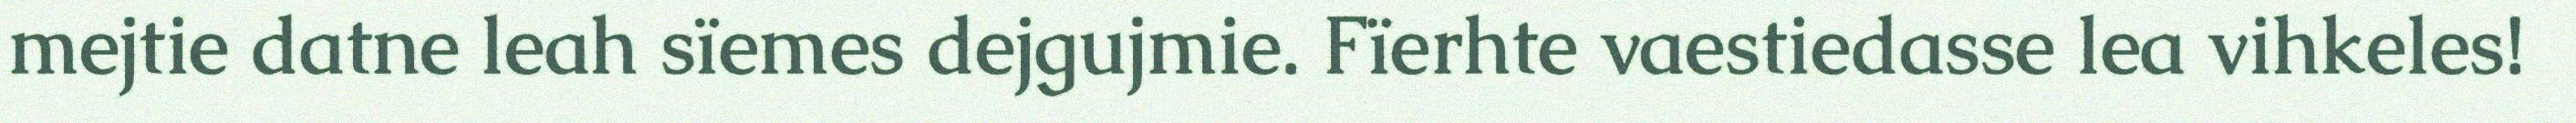
mejtie datne leah sïemes dejgujmie. Fïerhte vaestiedasse lea vihkeles!